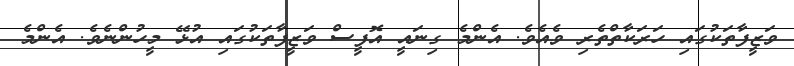
ވަޒީފާތަކުގައި ހަރަކާތްތެރި ވެއެވެ. އެންމެ ގިނައީ އޮފީސް ވަޒީފާތަކުގައި އުޅޭ މީހުންނެވެ. އެންމެ